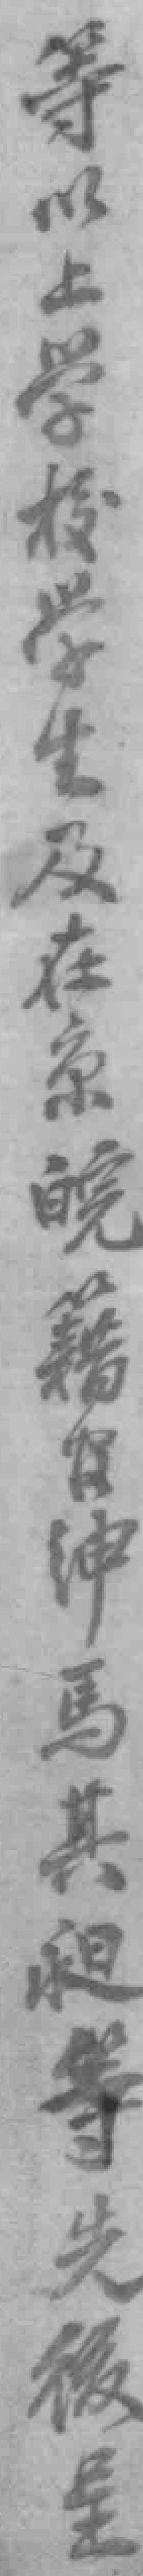
等以上学校学生及在京皖籍官绅馬其昶等先後呈